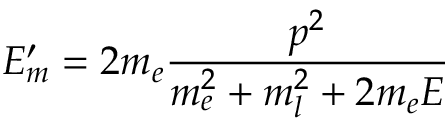
E _ { m } ^ { \prime } = 2 m _ { e } { \frac { p ^ { 2 } } { m _ { e } ^ { 2 } + m _ { l } ^ { 2 } + 2 m _ { e } E } }